Lunatic asylums United Provinces 1899-1908 - 1899-1908
Year: 1899
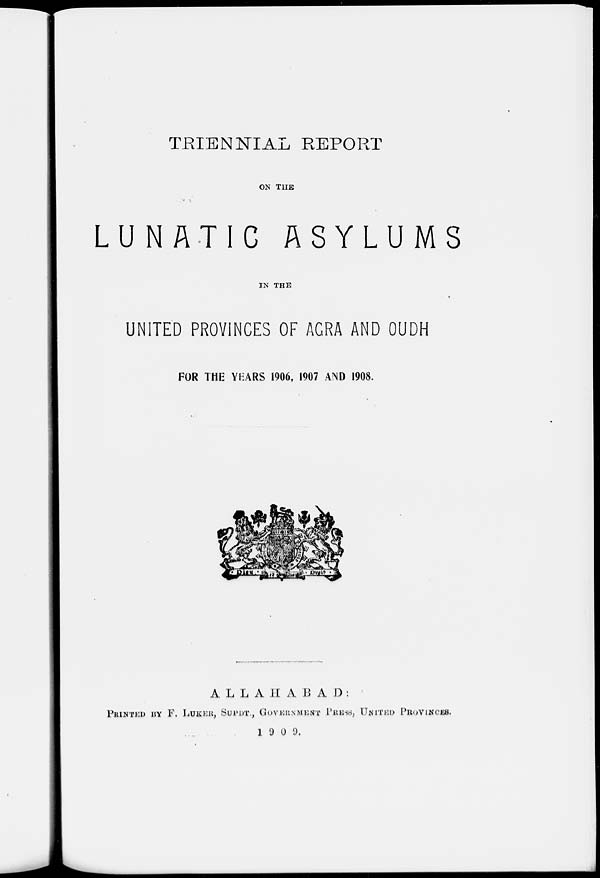
TRIENNIAL REPORT
ON THE
LUNATIC ASYLUMS
IN THE
UNITED PROVINCES OF AGRA AND OUDH
FOR THE YEARS 1906, 1907 AND 1908.
ALLAHABAD:
PRINTED BY F. LUKER, SUPDT., GOVERNMENT PRESS, UNITED PROVINCES.
1909.